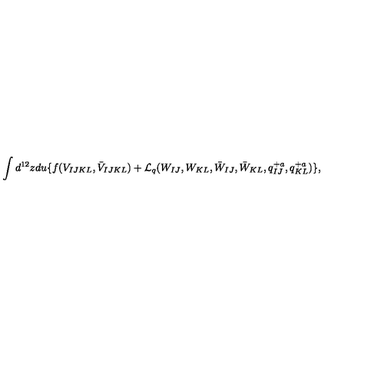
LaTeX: \int d ^ { 1 2 } z d u \{ f ( V _ { I J K L } , \bar { V } _ { I J K L } ) + { \cal L } _ { q } ( W _ { I J } , W _ { K L } , \bar { W } _ { I J } , \bar { W } _ { K L } , q _ { I J } ^ { + a } , q _ { K L } ^ { + a } ) \} ,